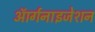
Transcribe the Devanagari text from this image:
आॅर्गनाइजेशन